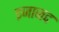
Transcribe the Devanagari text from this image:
इजाजद